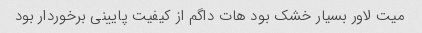
میت لاور بسیار خشک بود هات داگم از کیفیت پایینی برخوردار بود